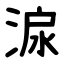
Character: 㴃